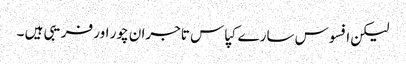
لیکن افسوس سارے کپاس تاجران چور اور فریبی ہیں ۔